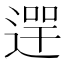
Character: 𨔺